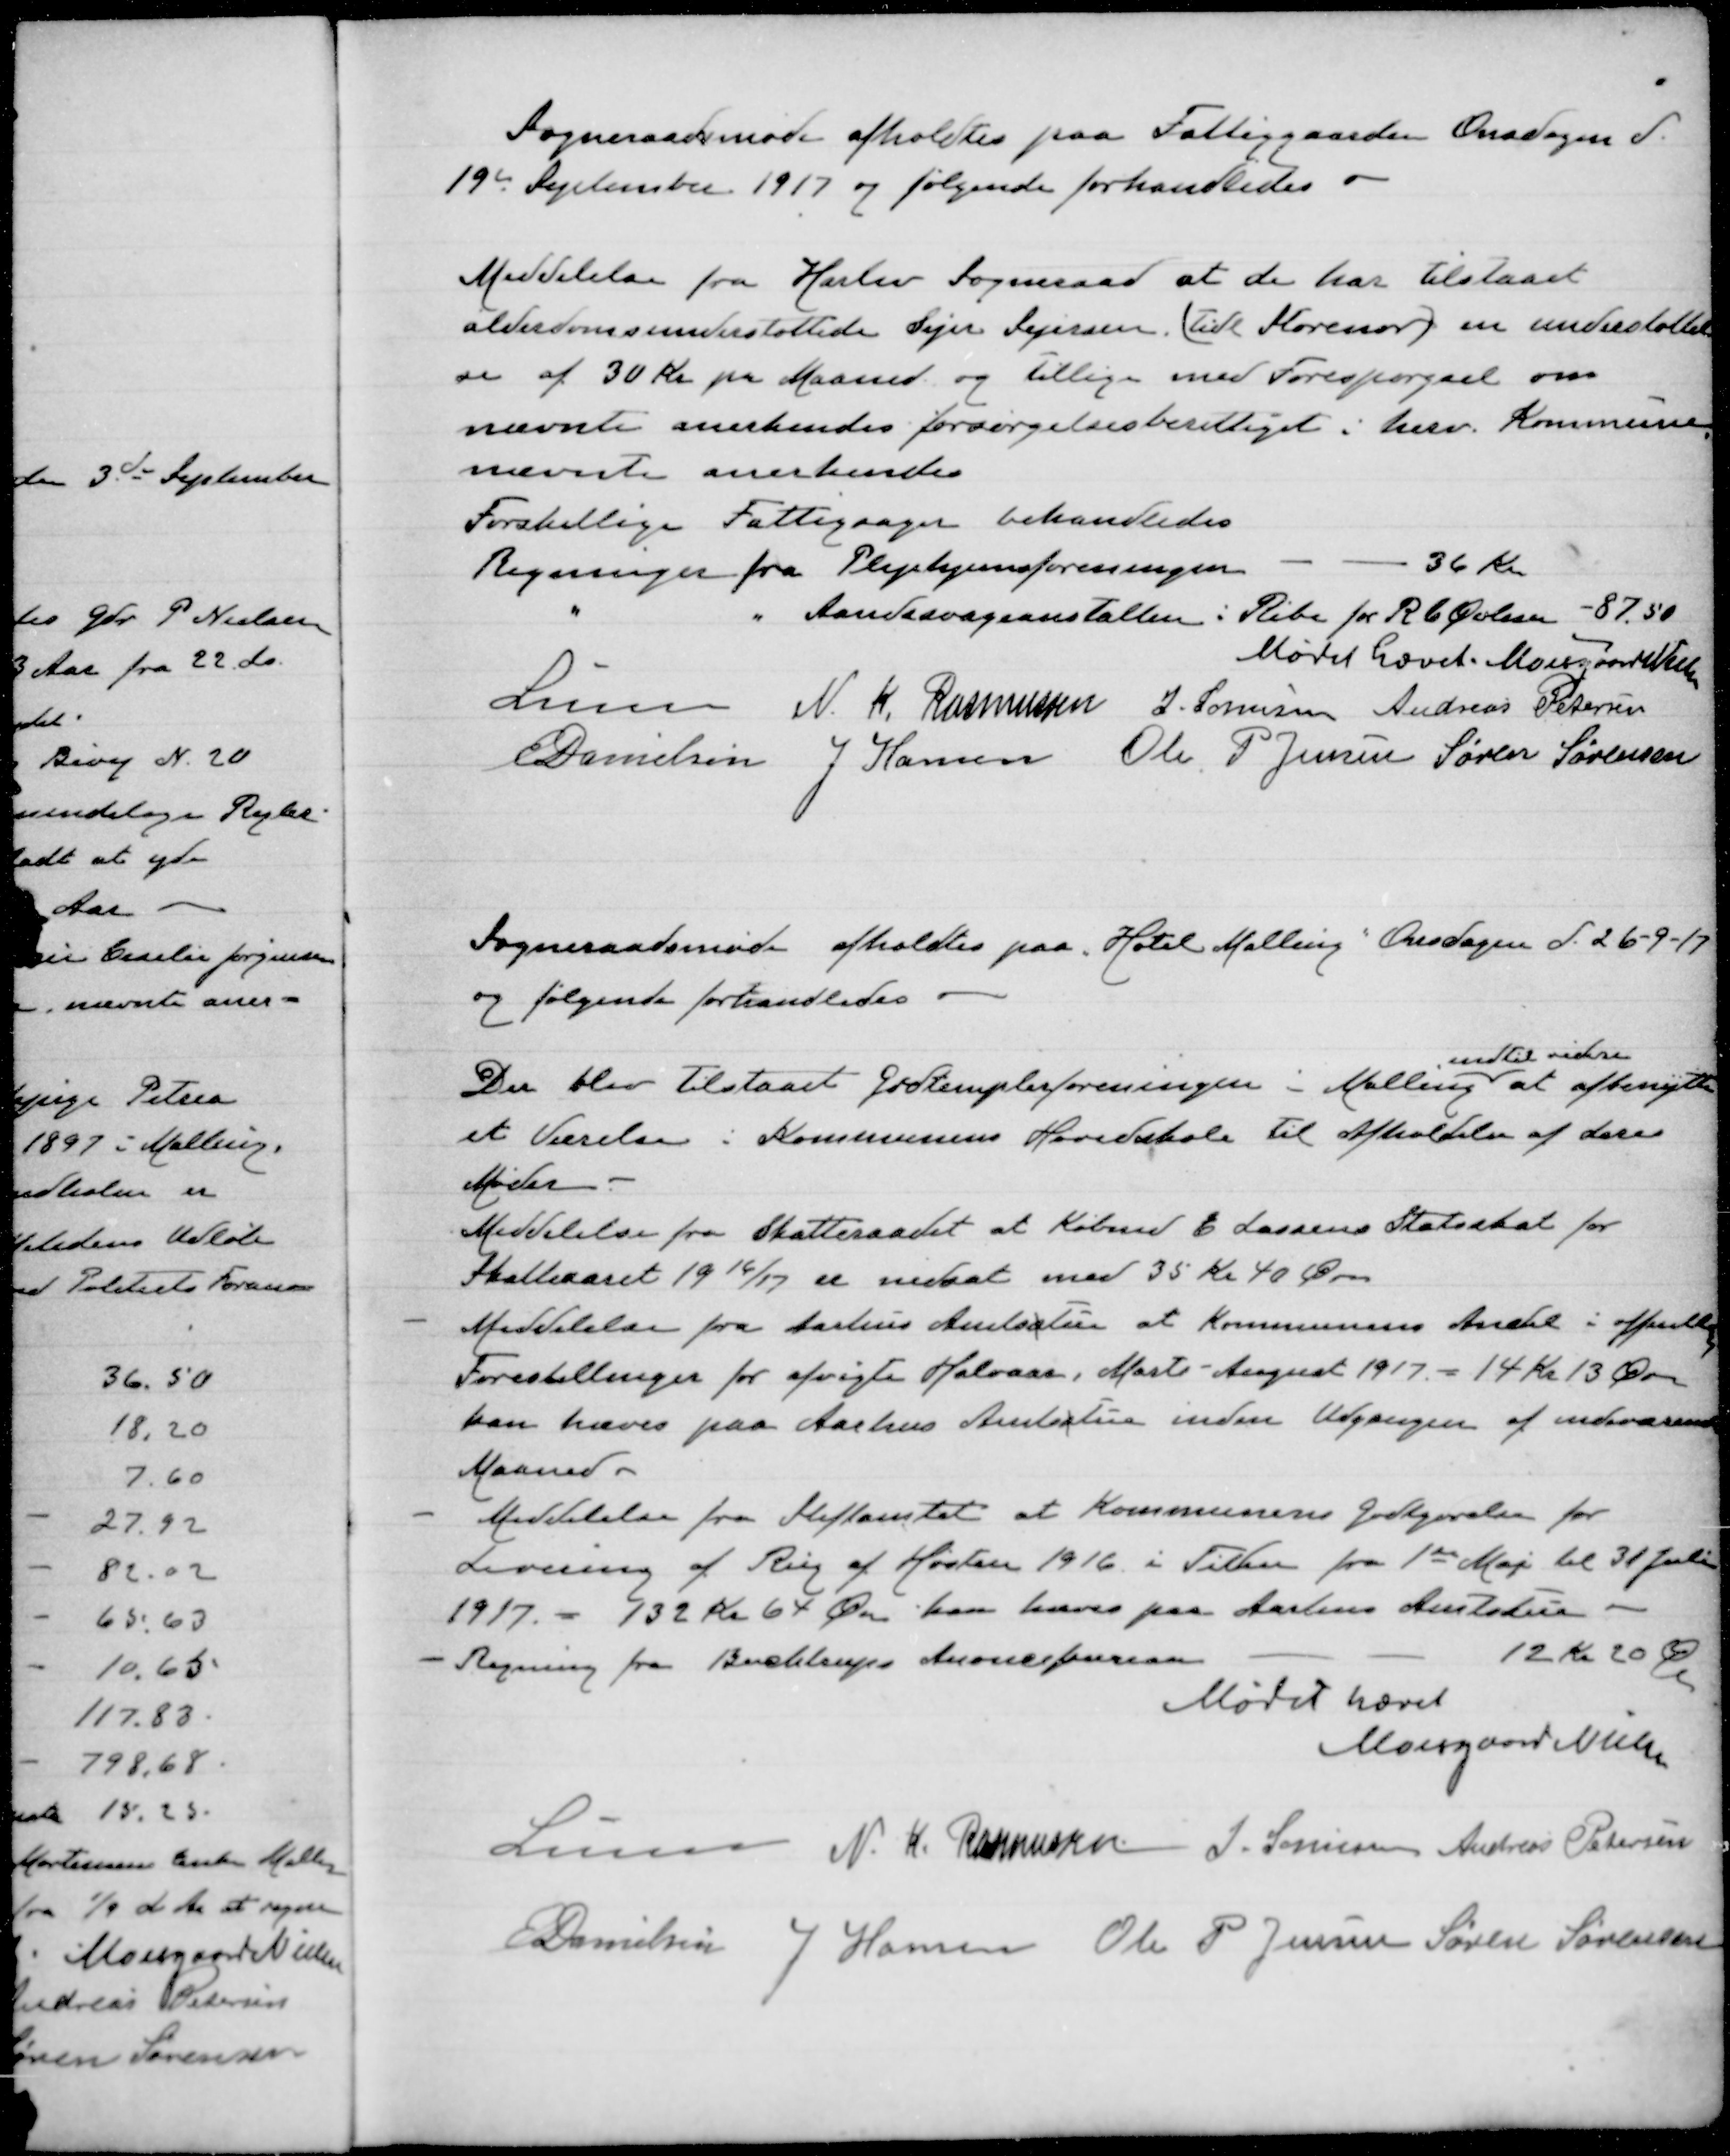
Transskription:
Sogneraadsmøde afholdtes paa Fattiggaarden Onsdagen d.
19de September 1917 og følgende forhandledes
Meddelelse fra Haslev Sogneraad at de har tilstaaet
alderdomsunderstøttede Sejer Sejersen (tidl Storenor) en understøttel
se af 30 Kr pr Maaned og tillige med Forespørgsel om
nævnte anerkendes forsørgelsesberettiget i herv. Kommune
nævnte anerkendes
Forskellige Fattigsager behandledes
Regninger fra Plejehjemsforeningen
36 Kr
"
" Aandssvageanstalten i Ribe for R b Øvlesen -87.50
Mødet hævet.
Moesgaard Nielsen
Lunn N. K. Rasmussen S. Sørensen Andreas Petersen
E Danielsen J Hansen Ole P Jensen Søren Sørensen

Sogneraadsmøde afholdtes paa „Hotel Malling“ Onsdagen d 26-9-17
og følgende forhandledes
Der blev tilstaaet Godtemplarforeningen i Malling
indtil videre
at afbenytte
et Værelse i Kommunens Hovedskole til Afholdelse af deres
Møder
Meddelelse fra Skatteraadet at Købmd E Larsens Statsskat for
Skatteaaret 19 16/17 er nedsat med 35 Kr 40 Øre
Meddelelse fra Aarhus Amtsstue at Kommunens Andel i offentlige
Forestillinger for afvigte Halvaar, Marts- August 1917 = 14 Kr 13 Øre
kan hæves paa Aarhus Amtsstue inden Udgangen af indeværende
Maaned
Meddelelse fra Stiftsamtet at Kommunens Godtgørelse for
Levering af Rug af Høsten 1916 i Tiden fra 1" Maj til 31 Juli
1917 = 132 Kr 64 Øre kan hæves paa Aarhus Amtsstue
Regning fra Buchtrups Annoncebureau
12 Kr 20 φ
Mødet hævet
Moesgaard Nielsen
Lunn N. K. Rasmussen S. Sørensen Andreas Petersen
E Danielsen J Hansen Ole P Jensen Søren Sørensen